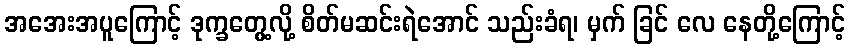
အအေးအပူကြောင့် ဒုက္ခတွေ့လို့ စိတ်မဆင်းရဲအောင် သည်းခံရ၊ မှက် ခြင် လေ နေတို့ကြောင့်